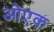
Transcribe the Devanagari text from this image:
ओएक